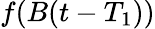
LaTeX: f(B(t-T_{1}))